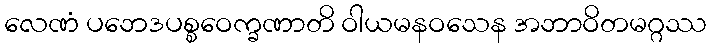
လေဏံ ပဘေဒပစ္စဝေက္ခဏာတိ ဝါယမနဝသေန အဘာဝိတမဂ္ဂဿ